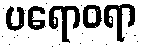
ပရောဝရာ